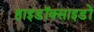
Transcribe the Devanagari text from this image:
हाइडॉक्साइडों